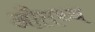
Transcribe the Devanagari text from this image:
औतथ्य